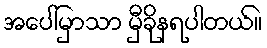
အပေါ်မှာသာ မှီခိုနရပါတယ်။